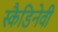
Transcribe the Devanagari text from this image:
स्कैडिनेवी